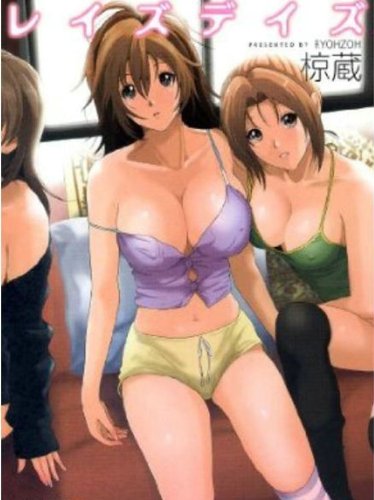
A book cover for Ray's Days (Hentai Manga); Ryouzou; Comics & Graphic Novels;